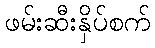
ဖမ်းဆီးနှိပ်စက်